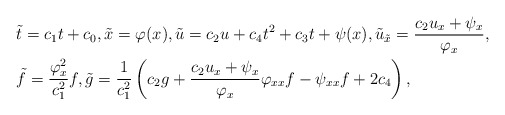
\begin{align*} &\tilde t = c_1t+c_0, \tilde x=\varphi(x), \tilde u = c_2u+c_4t^2+c_3t+\psi(x), \tilde u_{\tilde x}=\frac{c_2u_x+\psi_x}{\varphi_x},\\ &\tilde f = \frac{\varphi_x^2}{c_1^2}f, \tilde g = \frac{1}{c_1^2}\left(c_2g+\frac{c_2u_x+\psi_x}{\varphi_x}\varphi_{xx}f-\psi_{xx}f+2c_4\right),\end{align*}